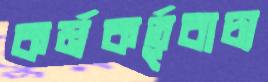
কর্মকর্তৃবাচ্য